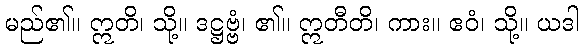
မည်၏။ ဣတိ၊ သို့။ ဒဋ္ဌဗ္ဗံ၊ ၏။ ဣတီတိ၊ ကား။ ဧဝံ၊ သို့။ ယဒါ